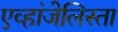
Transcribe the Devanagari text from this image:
एव्हांजेलिस्ता